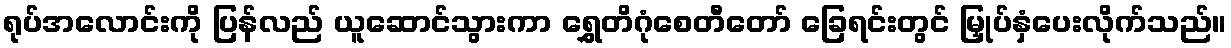
ရုပ်အလောင်းကို ပြန်လည် ယူဆောင်သွားကာ ရွှေတိဂုံစေတီတော် ခြေရင်းတွင် မြှုပ်နှံပေးလိုက်သည်။